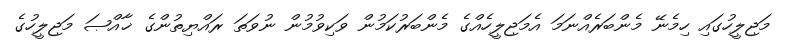
މަޖިލީހުގައި ހިމެނޭ މެންބަރެއްނަމަ އެމަޖިލީހެއްގެ މެންބަރުކަމުން ވަކިވުމުން ނުވަތަ ރައްޔިތުންގެ ޚާއްޞަ މަޖިލީހުގެ